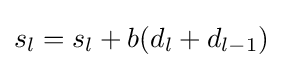
s_{l}=s_{l}+b(d_{l}+d_{l-1})